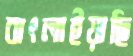
বাৎলাইয়াছি